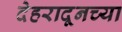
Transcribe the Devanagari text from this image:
देहरादूनच्या